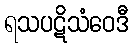
ရသပဋိသံဝေဒီ